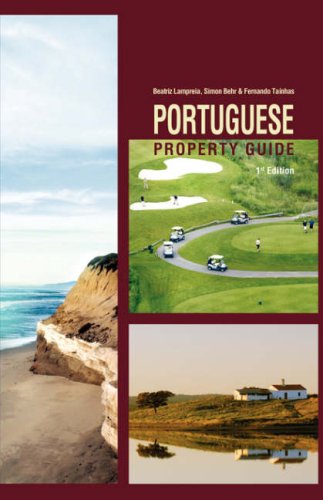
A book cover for Portuguese Property Guide; Beatriz Lampreia; Business & Money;